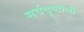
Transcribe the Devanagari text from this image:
सर्वदृष्टीनी